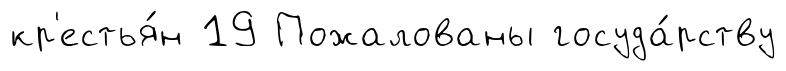
кр'естья́н 19 Пожалованы госуда́рству